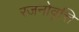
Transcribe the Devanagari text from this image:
रजनोवृत्ति